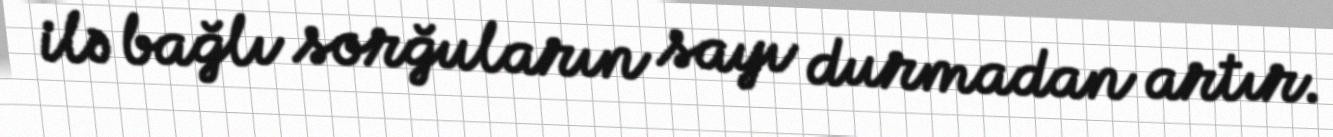
ilə bağlı sorğuların sayı durmadan artır.